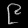
Digit: ၉